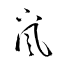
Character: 颪